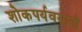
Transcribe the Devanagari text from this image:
शोकपर्यवसायी